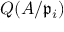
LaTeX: Q ( A / { \mathfrak { p } } _ { i } )